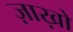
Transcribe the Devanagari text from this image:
ज़ाख़ो